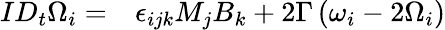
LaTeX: \begin{array}{rl}{ID_{t}\Omega_{i}=}&{{}\epsilon_{ijk}M_{j}B_{k}+2\Gamma\left(\omega_{i}-2\Omega_{i}\right)}\end{array}